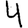
Digit: 4